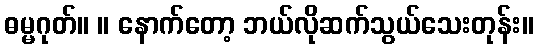
ဓမ္မဂုတ်။ ။ နောက်တော့ ဘယ်လိုဆက်သွယ်သေးတုန်း။